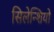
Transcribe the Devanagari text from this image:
सिलेन्शियो